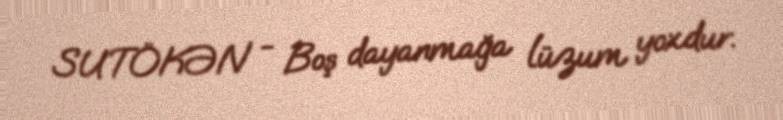
SUTÖKƏN - Boş dayanmağa lüzum yoxdur.